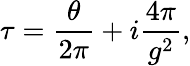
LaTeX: \tau=\frac{\theta}{2\pi}+i\frac{4\pi}{g^{2}},